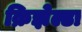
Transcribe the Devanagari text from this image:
क्रिझेल्डा